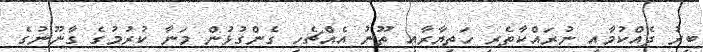
ބިރު ދެއްކުމާއި ނުރައްކާތެރި ހަތިޔާރާއި ތޫނު އެއްޗެހި ގެންގުޅުން މަނާ ކުރުމުގެ ގާނޫނުގެ